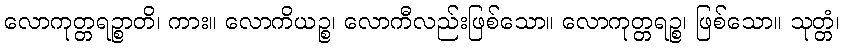
လောကုတ္တရဉ္စာတိ၊ ကား။ လောကိယဉ္စ၊ လောကီလည်းဖြစ်သော။ လောကုတ္တရဉ္စ၊ ဖြစ်သော။ သုတ္တံ၊